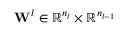
\mathbf { W } ^ { l } \in \mathbb { R } ^ { n _ { l } } \times \mathbb { R } ^ { n _ { l - 1 } }